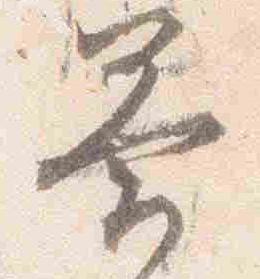
答